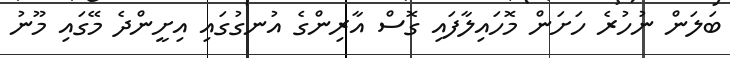
ބަލަން ނުހުރެ ހަށަން މޮހައިލާފައި ގޮސް އާރިންގެ އުނގުގައި އިށީންދެ މޭގައި މޫނު